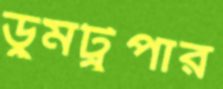
ডুমট্রুপার